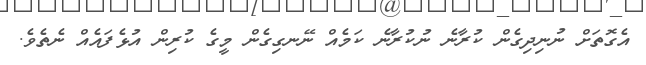
އެގޮތަށް ނުނިދިގެން ކުރާނެ ނުކުރާނެ ކަމެއް ނޭނގިގެން މީގެ ކުރިން އުޅެފައެއް ނެތެވެ.